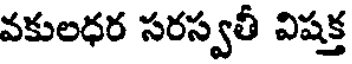
వకులధర సరస్వతీ విషక్త